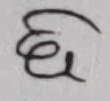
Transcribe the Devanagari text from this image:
छ